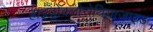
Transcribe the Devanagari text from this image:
हाइड्रोक्लोरोथियाजाइड